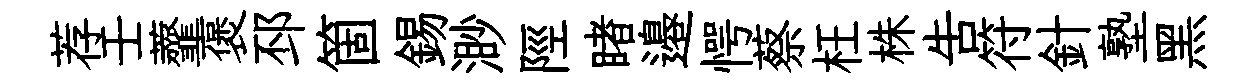
荐壬虀褒邳箇錫渺陘睹邉愕蔡枉株吿符針塾黑